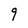
Character: 9